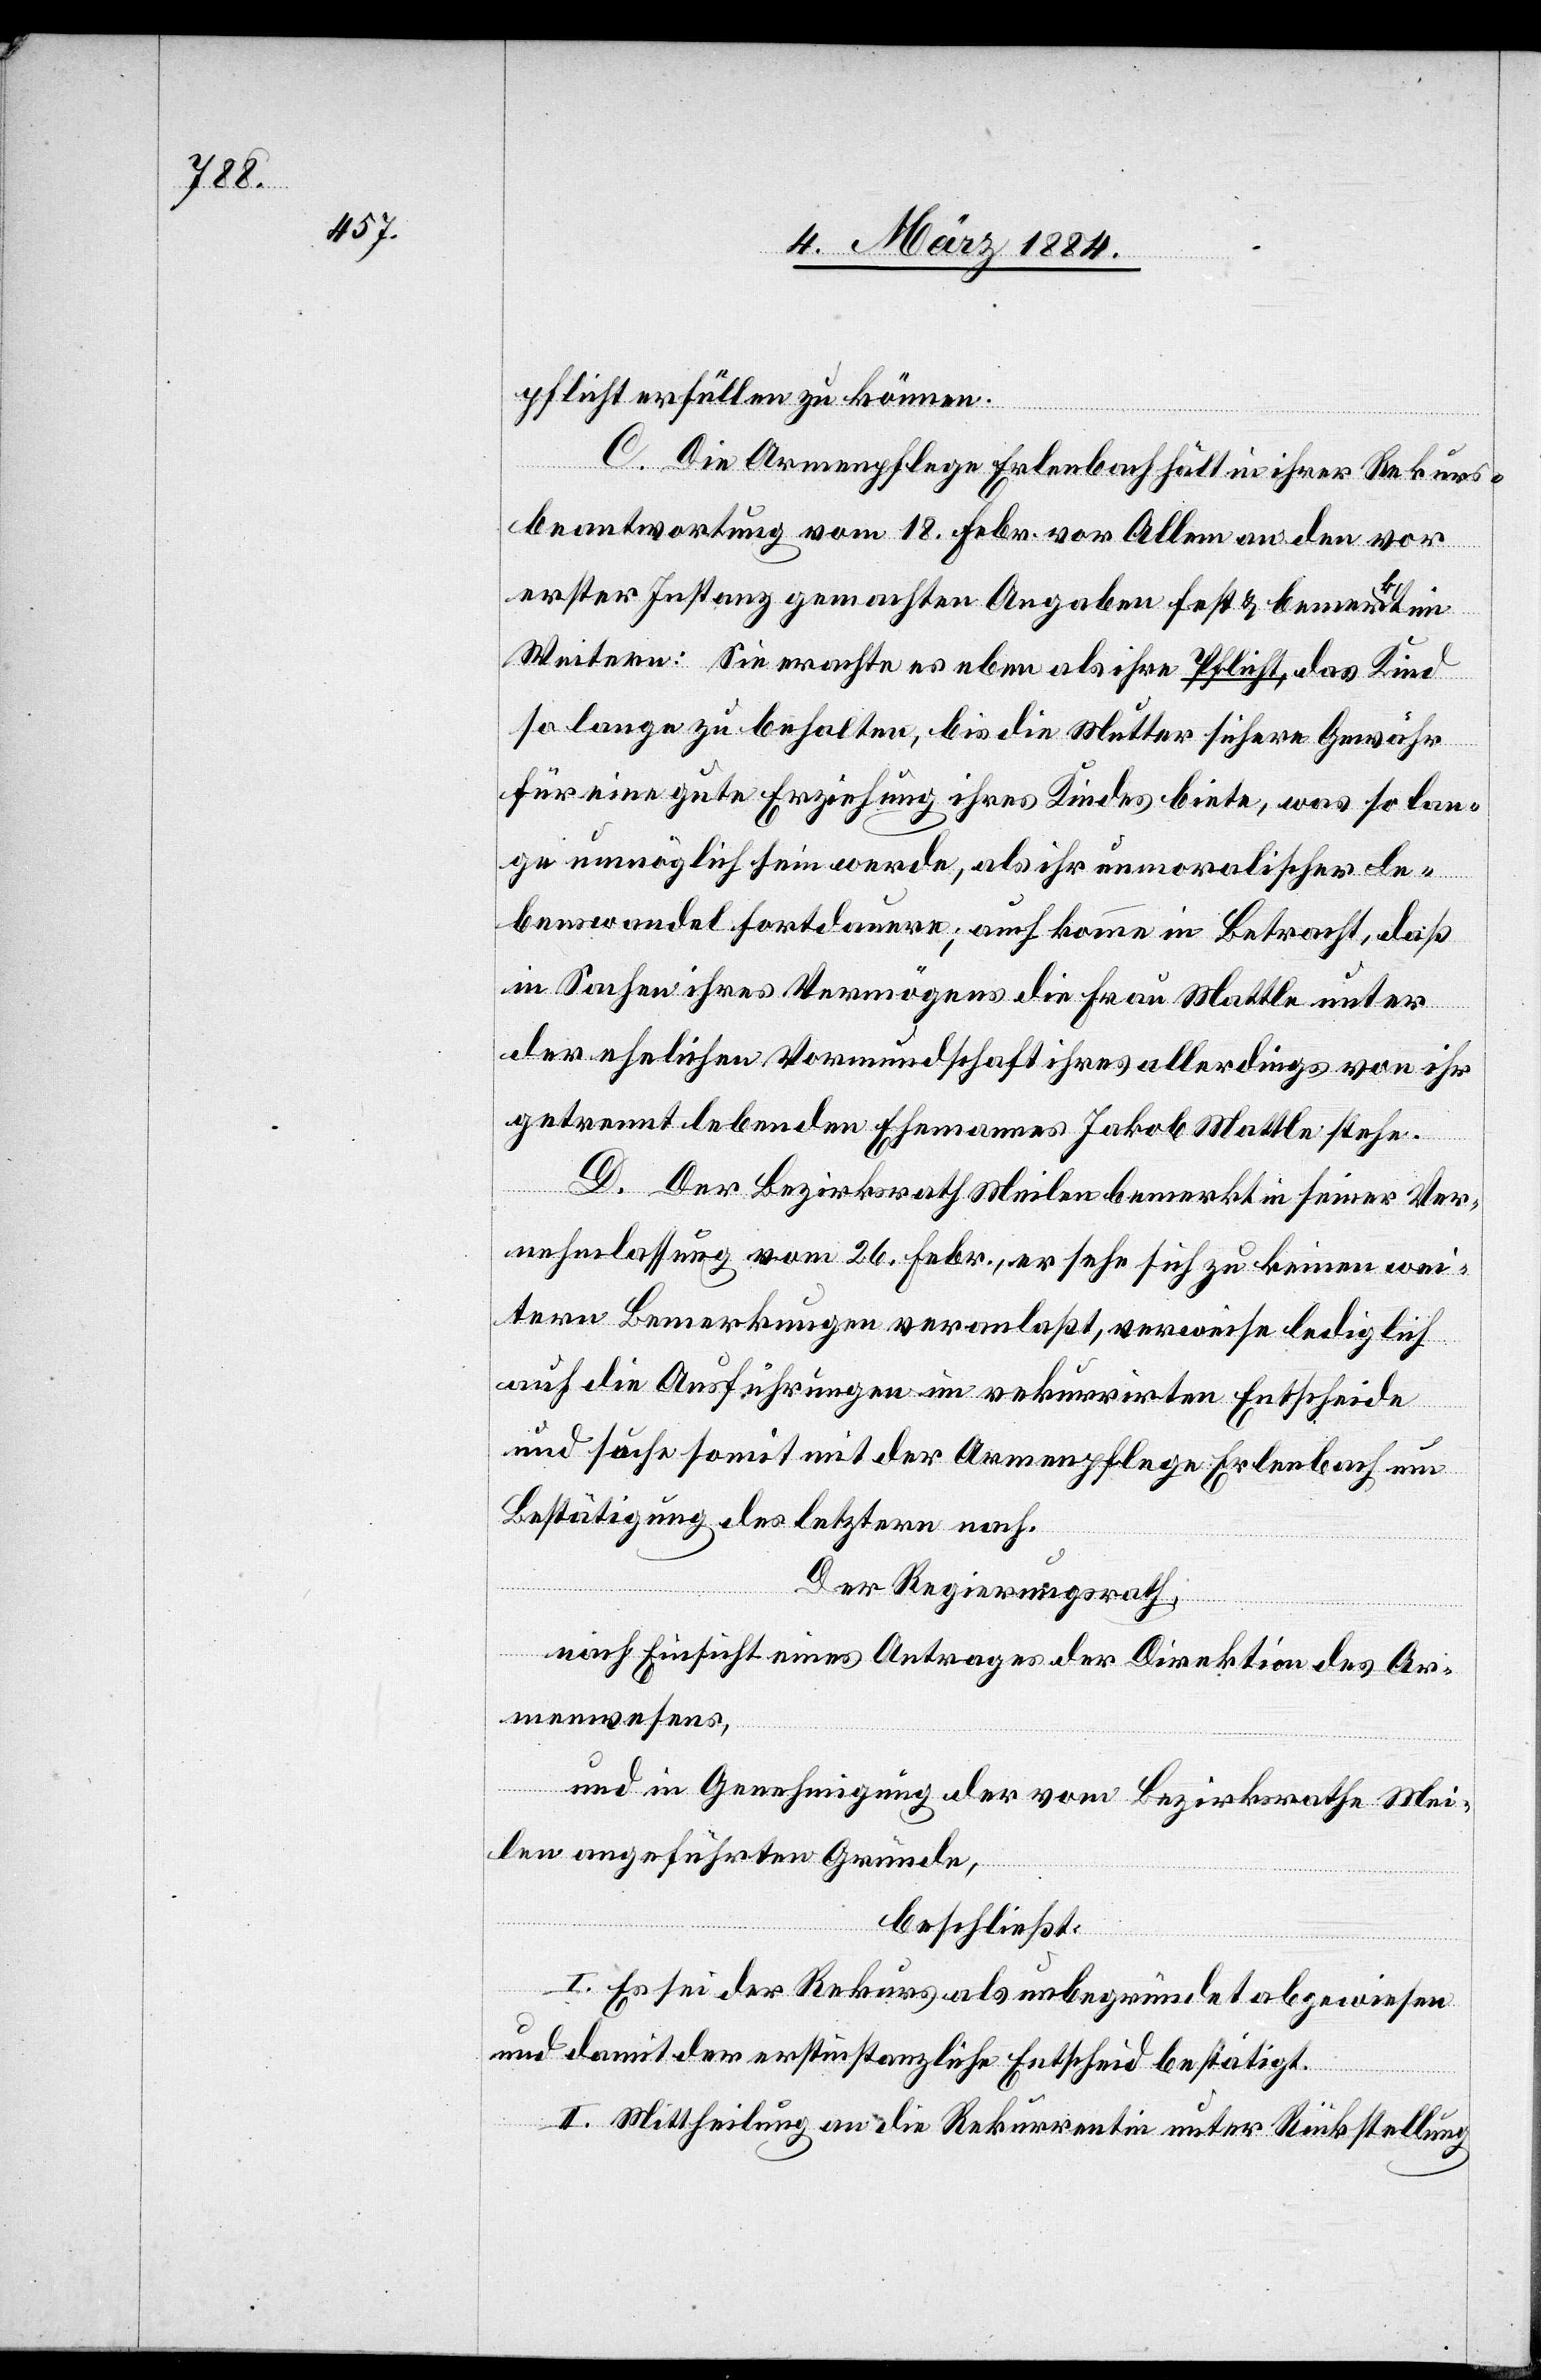
pflicht erfüllen zu können.
C. Die Armenpflege Erlenbach hätte in ihrer Rekurs¬
beantwortung vom 18. Febr. vor Allem an den vor
erster Instanz gemachten Angaben fest & bemerkt im
Weiteren: Sie erachte es eben als ihre Pflicht, das Kind
so lange zu behalten, bis die Mutter sichere Gewähr
für eine gute Erziehung ihres Kindes biete, was so lan¬
ge unmöglich sein werde, als ihr unmoralischer Le¬
benswandel fortdauere; auch komme in Betracht, daß
in Sachen ihres Vermögens die Frau Mattle unter
der ehelichen Vormundschaft ihres allerdings von ihr
getrennt lebenden Ehemannes Jakob Mattle stehe.
D. Der Bezirksrath Meilen bemerkt in seiner Ver¬
nehmlassung vom 26. Febr., er sehe sich zu keinen wei¬
tern Bemerkungen veranlaßt, verweise lediglich
auf die Ausführungen im rekurrirten Entscheide
und suche somit mit der Armenpflege Erlenbach um
Bestätigung des letztern nach.
Der Regierungsrath,
nach Einsicht eines Antrages der Direktion des Ar¬
menwesens,
und in Genehmigung der vom Bezirksrathe Mei¬
len angeführten Gründe,
beschließt:
I. Es sei der Rekurs als unbegründet abgewiesen
und damit der erstinstanzliche Entscheid bestätigt.
II. Mittheilung an die Rekurrentin unter Rückstellung